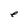
Character: e